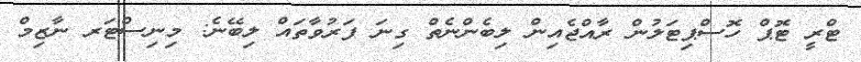
ޓްރީ ޓޮޕް ހޮސްޕިޓަލުން ރާއްޖެއިން ލިބެންނެތް ގިނަ ފަރުވާތައް ލިބޭނެ: މިނިސްޓަރ ނާޒިމް